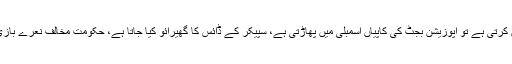
بالخصوص جب بھی کوئی حکومت بجٹ پیش کرتی ہے تو اپوزیشن بجٹ کی کاپیاں اسمبلی میں پھاڑتی ہے، سپیکر کے ڈائس کا گھیرائو کیا جاتا ہے، حکومت مخالف نعرے بازی ہوتی ہے، بجٹ کو عوام دشمن قرار دیا ہے۔